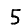
Digit: 5